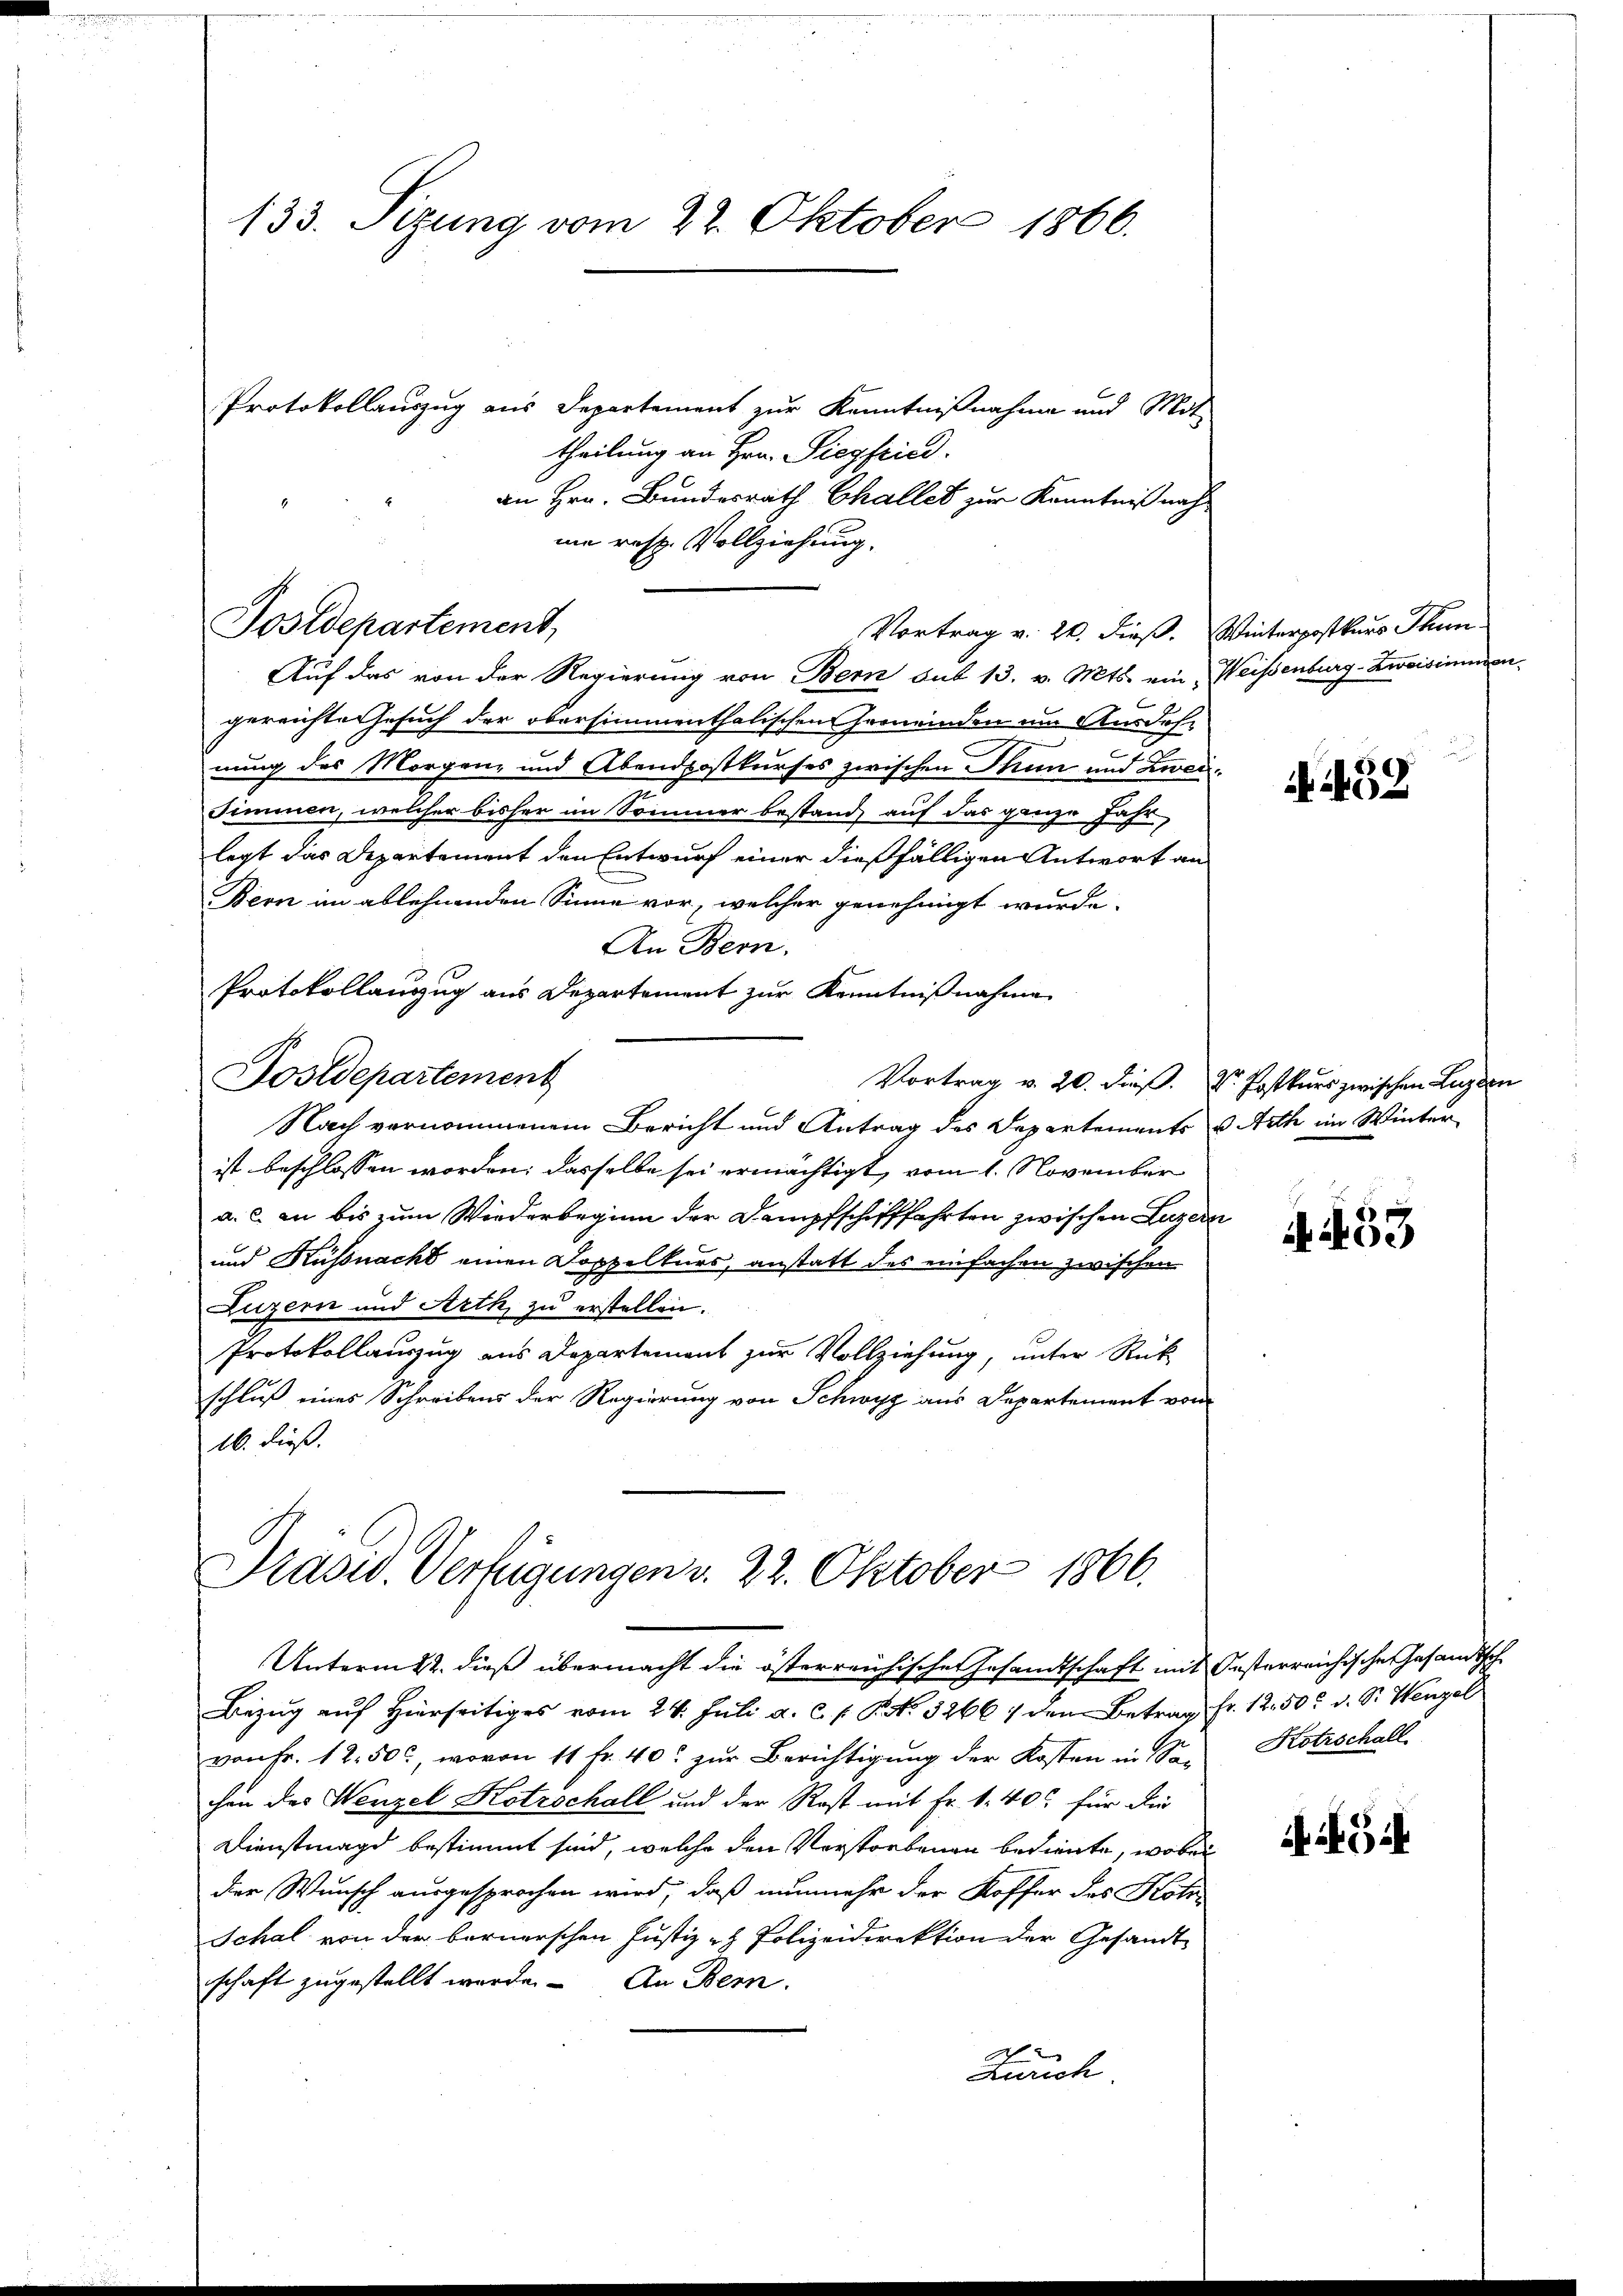
133. Sizung vom 22. Oktober 1866.

Postdepartement,

Protokollauszug aus Departement zur Kenntnißnahme und Mit
theilung an Hrn. Siegfried.
an Hrn. Bundesrath Challes zur Kenntniß nach
me resp. Vollziehung.
Vortrag v. 20. dieß. Winterpostkurs Thun¬
Auf das von der Regierung von Bern sub 13. v. Mts. ein, Weisenburg-Kreisimmen
gereichte Gesuch der obersimmenthalischen Gemeinden um Ausdeh¬
6
nung des Morgenz und Abendpostkurses zwischen Thun und Zwei¬
Simmen, welcher bisher im Sommer bestand auf das ganze Jahr
legt das Departement den Entwurf einer dießfälligen Antwort an
Bern im ablehnenden Sinne vor, welcher genehmigt wurde.
An Bern.
Protokollanzug aus Departement zur Kenntnißnahme
Fostdepartement
Vortrag v. 20. dieß. Dr. Postkurs zwischen Luzern
Nach vernommenem Bericht und Antrag des Departements u. Arth im Winterist beschlossen worden; dasselbe sei ermächtigt, vom 1. November
a. c. an bis zum Wiederbeginn der Dampfschifffahrten zwischen Luzern
und Küßnacht einen Doppelkurs, anstatt des einfachen zwischen
Luzern und Arth, zu erstellen.
Protokollauszug aus Departement zur Vollziehung, unter Rück
schluß eines Schreibens der Regierung von Schwyz aus Departement von
16. dieß.

Präsid. Verfügungen d. 22. Oktober 1866.

Unterm 22. dieß übermacht die österreichischen Gesandtschaft mit Oesterreichisches Gesandtsch
Bezug auf Hierseitiges vom 24. Juli a. c. s. P. No. 3266 / den Betrag Fr. 12. 50. d. S. Wenzel
von Fr. 12. 50, wovon 11 fr. 40. zŭr Berichtigŭng der Kosten in Se. Kotrschall
chen des Wenzel Kotrschall und der Rost mit Fr. 1. 400 für die
Dienstmagd bestimmt sind, welche den Verstorbenen bediente, wobei
der Wunsch ausgesprochen wird, daß nunmehr der Koffer des Koh
Schal von der bernerschen Justiz- & Polizeidirektion der Gesandt
schaft zugestellt werde. An Bern.
F
Zürich

459

4. 53

Gif